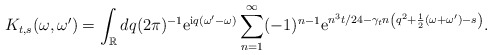
\begin{align*} K_{t,s}(\omega,\omega') = \int_\mathbb{R} dq (2\pi)^{-1} \mathrm{e}^{\mathrm{i}q(\omega'-\omega)} \sum_{n=1}^\infty (-1)^{n-1} \mathrm{e}^{n^3t/24 -\gamma_t n\left( q^2+\frac{1}{2}(\omega+\omega')-s \right)} .\end{align*}